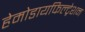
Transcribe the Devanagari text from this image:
हेमोडायफिल्ट्रेशन